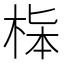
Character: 𣒬